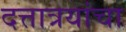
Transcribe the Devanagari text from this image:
दत्तात्रयांचा